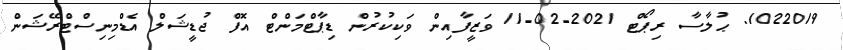
1022019. ޙުލާސާ ރިޕޯޓް 2021-02-11 ވަޒީފާއިން ވަކިކުރުން ޑިޕާޓްމަންޓް އޮފް ޖުޑީޝަލް އެޑްމިނިސްޓްރޭޝަން